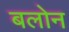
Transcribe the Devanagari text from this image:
बलोन